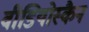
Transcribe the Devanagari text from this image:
वीडियोस्कैन